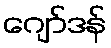
ဂျော်ဒန်